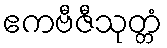
ဧကဗီဇီသုတ္တံ